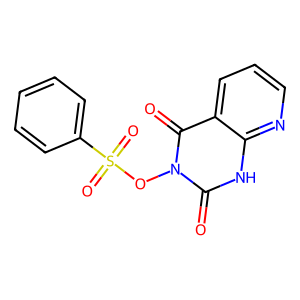
SMILES: O=c1[nH]c2ncccc2c(=O)n1OS(=O)(=O)c1ccccc1
Inhibits HIV replication: No